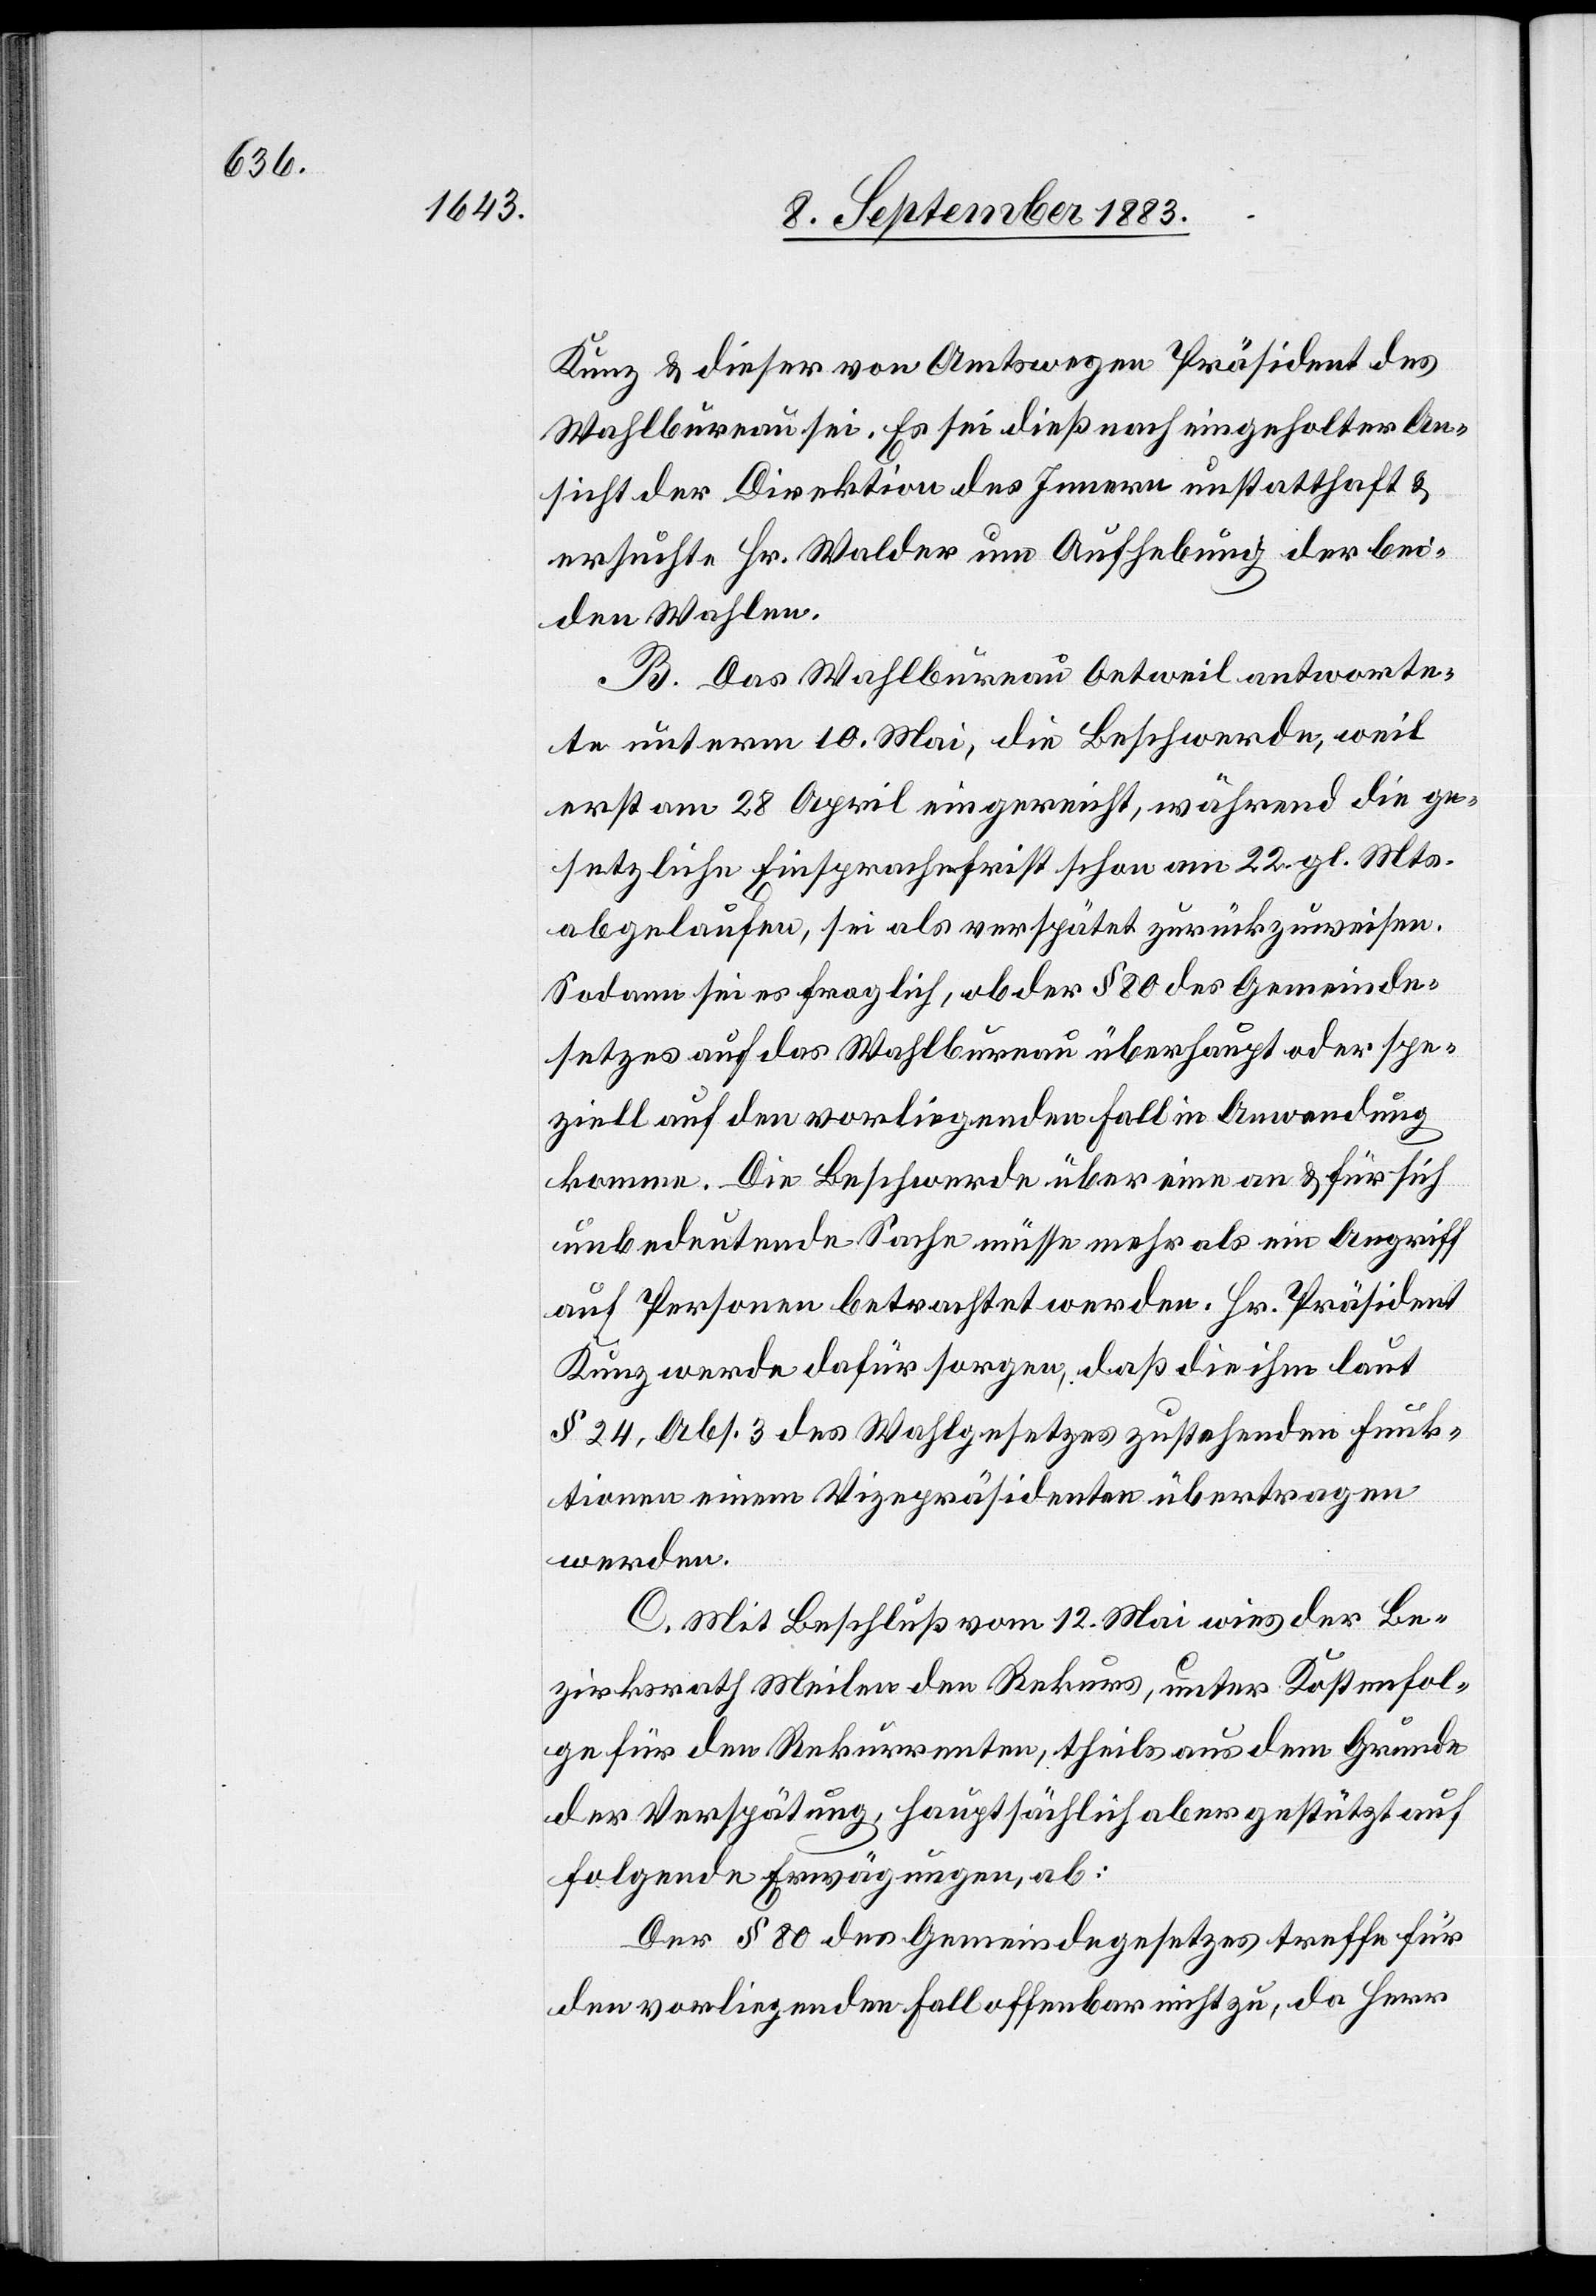
Kunz & dieser von Amtswegen Präsident des
Wahlbureau sei. Es sei dieß nach eingeholter An¬
sicht der Direktion des Innern unstatthaft &
ersuche Hr. Walder um Aufhebung der bei¬
den Wahlen.
B. Das Wahlbureau Oetweil antworte¬
te unterm 10. Mai, die Beschwerde, weil
erst am 28. April eingereicht, während die ge¬
setzliche Einsprachefrist schon am 22. gl. Mts.
abgelaufen, sei als verspätet zurückzuweisen.
Sodann sei es fraglich, ob der § 80 des Gemeinde¬
gesetzes auf das Wahlbureau überhaupt oder spe¬
ziell auf den vorliegenden Fall in Anwendung
komme. Die Beschwerde über eine an & für sich
unbedeutende Sache müsse mehr als Angriff
auf Personen betrachtet werden. Hr. Präsident
Kunz werde dafür sorgen, daß die ihm laut
§ 24, Abs. 3 des Wahlgesetzes zustehenden Funk¬
tionen einem Vizepräsidenten übertragen
werden.
C. Mit Beschluß vom 12. Mai wies der Be¬
zirksrath Meilen den Rekurs, unter Kostenfol¬
ge für den Rekurrenten, theils aus dem Grunde
der Verspätung, hauptsächlich aber gestützt auf
folgende Erwägungen, ab:
Der § 80 des Gemeindegesetzes treffe für
den vorliegenden Fall offenbar nicht zu, da Herr